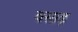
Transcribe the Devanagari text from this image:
वसाढ़